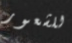
للشعور